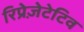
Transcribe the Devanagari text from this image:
रिप्रेज़ेटेटिव